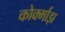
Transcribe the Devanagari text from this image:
कोर्क्माझ